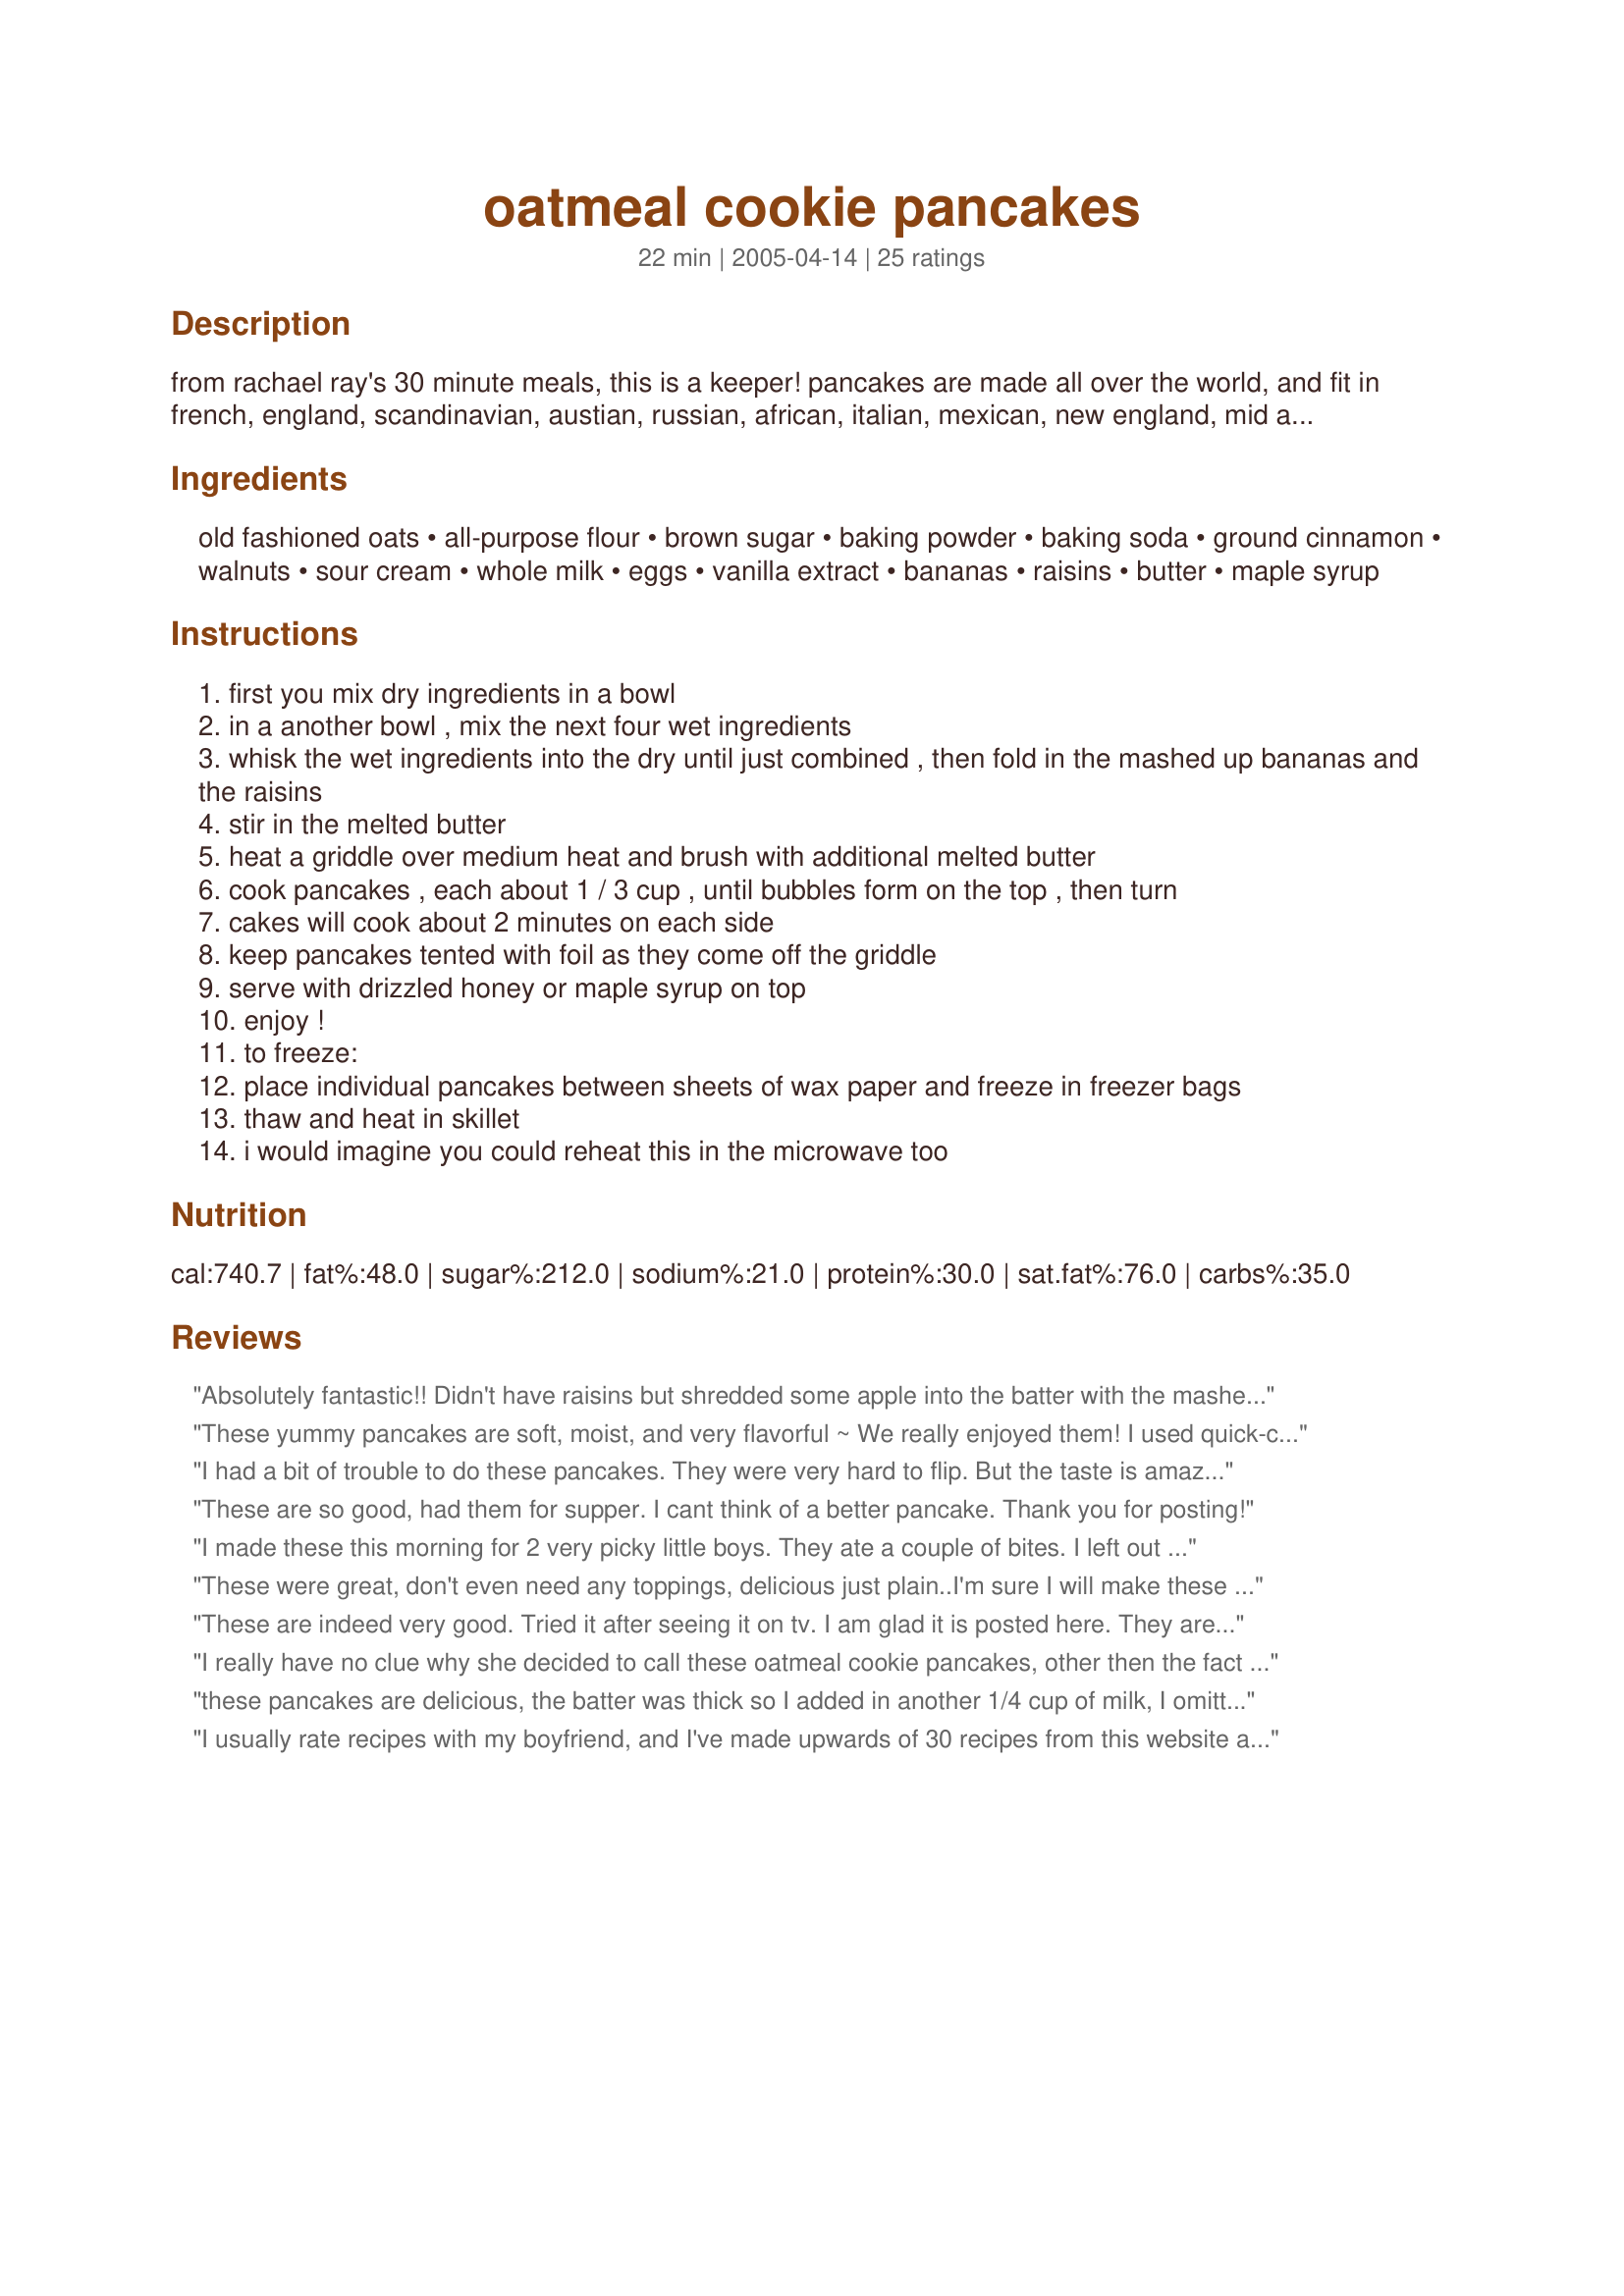
oatmeal cookie pancakes
Preparation time: 22 minutes

from rachael ray's 30 minute meals, this is a keeper! pancakes are made all over the world, and fit in french, england, scandinavian, austian, russian, african, italian, mexican, new england, mid atlantic, mid west, southern, and western catagories! these may be frozen in the freezer and reheated.

Ingredients:
old fashioned oats, all-purpose flour, brown sugar, baking powder, baking soda, ground cinnamon, walnuts, sour cream, whole milk, eggs, vanilla extract, bananas, raisins, butter, maple syrup

Steps:
first you mix dry ingredients in a bowl
in a another bowl , mix the next four wet ingredients
whisk the wet ingredients into the dry until just combined , then fold in the mashed up bananas and the raisins
stir in the melted butter
heat a griddle over medium heat and brush with additional melted butter
cook pancakes , each about 1 / 3 cup , until bubbles form on the top , then turn
cakes will cook about 2 minutes on each side
keep pancakes tented with foil as they come off the griddle
serve with drizzled honey or maple syrup on top
enjoy !
to freeze:
place individual pancakes between sheets of wax paper and freeze in freezer bags
thaw and heat in skillet
i would imagine you could reheat this in the microwave too

Reviews:
Absolutely fantastic!! Didn't have raisins but shredded some apple into the batter with the mashed banana. DH said these were the best pancakes he ever had.. even licked the plate afterwards! Thanks for a great recipe.
These yummy pancakes are soft, moist, and very flavorful ~ We really enjoyed them! I used quick-cooking oats and omitted the nuts and raisins. Thinning the batter with additional milk or flattening out the freshly poured pancakes helps them cook evenly on the griddle. Thanks for a great recipe!
I had a bit of trouble to do these pancakes. They were very hard to flip. But the taste is amazing. Maybe a bit too soft for DH. I omitted the nuts because of my son. I used plain yogurt instead of sour cream. And I omitted the raisins. Thanks Sharon :) Made for your cookathon.
These are so good, had them for supper. I cant think of a better pancake. Thank you for posting!
I made these this morning for 2 very picky little boys. They ate a couple of bites. I left out the nuts, used lowfat milk and sour cream and added more milk to thin the batter. These were very good. Something different than frozen waffles. Thanks for sharing.
Lisa
These were great, don't even need any toppings, delicious just plain..I'm sure I will make these again & again. Thanks Sharon!
These are indeed very good. Tried it after seeing it on tv. I am glad it is posted here. They are moist, soft and full of flavor. It's a great healthy breakfast served with butter, syrup or ham. I am not a pancake fan but i have made these twice already. I do it without the nuts since i have a 2 year old, I usually make half a recipe since it's the two of us plus a toddler.
I really have no clue why she decided to call these oatmeal cookie pancakes, other then the fact that they contain oatmeal. They taste just like banana nut bread...and are fabulous! If you like banana nut bread, you are sure to love these.
these pancakes are delicious, the batter was thick so I added in another 1/4 cup of milk, I omitted the raisins and walnuts as I did not have any, thank you for sharing Shar, we enjoyed these pancakes!
I usually rate recipes with my boyfriend, and I've made upwards of 30 recipes from this website and he's only given 1 5-star rating (though I'm much kinder). I made these today and he literally said, "oh my god, oh my god. 5! 5! 5!" These were fantastic. I ran out of milk last night and ended up using evaporated milk as a substitute. A definite keeper.
These are great like a big hot oatmeal cookie. I left out the raisins and subbed pecans for the walnuts, otherwise directions were followed. BF, the oatmeal cookie expert (LOL) ate them w/o syrup or butter jsut like a cookie! Thanx Sharon (and Rachel)!
MMMMM! These were delicious!! A healthier alternative to plain pancakes (I did reduce the sugar by half)-plus they taste better! Thanks so much for posting. I'll be adding this to my tried and true file.
Delicious!
I found this in Rachael Ray's Cooking 'Round the Clock 30-Minute Meals, and it's a great way to use up those old bananas. I love the moistness the bananas give to the batter, but I must confess that I'd prefer a different flavor with the oatmeal like fresh coconut or mangos. It makes me want to experiment to see what I could use in place of the bananas that kept the great texture. I love oatmeal cookies and oatmeal in pancakes, but I wanted to taste more oatmeal and cinnamon than bananas. I love the recipe and the variety of ingredients in it.
delicious!!! I substituted almond milk and left out the vanilla. We ate them plain and they were fabulous!!!! Plan to make these again and again!!!!
these were good. I recommend flattening these out or the centr takes too long to cook.
Very good! The batter is very thick so I spread them around a bit. This is a great tasty morning treat. Thanks!
These are wonderful! I make a double batch at least two times a month to keep in the freezer. (There's 5 of us!) They reheat great. I've also started using vanilla yogurt in place of the sour cream (just because I always have it on hand).
We enjoyed these pancakes, but didn't really taste like oatmeal cookies to us. The first day the banana flavor was pronounced and second day lessened. I liked them better the second day, which is unusual for pancakes. They have a sturdy nice texture that probably is more "cookie like" than regular pancakes. REAL maple syrup tasted great on these. 
Roxygirl
Yummy pancakes! I really did enjoy these. I am not sure if they taste like an oatmeal cookie though as the banana flavor was fairly strong. However these are sweeter than most pancakes I make so that did make them taste more cookie like. These are very good as dessert pancakes with a scoop of vanilla ice cream!
I gave this 5 stars. My family loved these pancakes. I seen Rachael Ray make these and they looked so yummy and were. Thanks for posting a yummy recipe! Christine (internetnut)
Great pancake! I add 1 teaspoon salt in the batter.
These are stellar pancakes, even with the light version I made (nonfat milk and sour cream and only one tablespoon of butter). I did think they tasted reminiscent of oatmeal cookies. They were fluffy, and the oatmeal gave them a great texture. We don't like things too sweet, so I halved the sugar, and it was still nice and sweet for us. It is easy to spread the batter as you spoon them onto the griddle so they cook evenly. I left out one banana so they wouldn't be as thick, and the flavor was still there, but not overly dominant. We also tried them with chocolate chips and without raisins, and thought the "just plain" were actually the best!
Awesome--used FF vanilla yogurt instead of sour cream, used 1/2 whole wheat flour and 1/2 white, and added some chocolate chips for fun. So yummy!
These were good. I followed the recipe except left out the walnuts.
These took a lot longer than 2 minutes on each side. I used my electric griddle. I made them smaller for the second batch and spread them out. They still took several minutes on each side. I should have used less sugar as one reviewer sugested. I got 18 pancakes.
